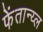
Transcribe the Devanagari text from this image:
फेंतान्य्ल